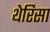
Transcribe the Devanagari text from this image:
थेरिसा